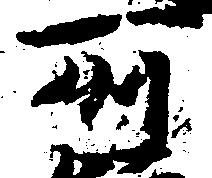
所